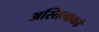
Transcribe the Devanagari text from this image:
अस्तित्वाकडे